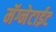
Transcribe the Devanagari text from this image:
मॅग्नेटाईट